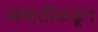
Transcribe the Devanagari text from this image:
जमातीकडून